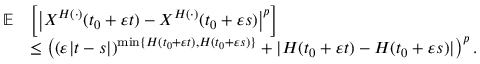
\begin{array} { r l } { \mathbb { E } } & { \left[ \left| X ^ { H ( \cdot ) } ( t _ { 0 } + \varepsilon t ) - X ^ { H ( \cdot ) } ( t _ { 0 } + \varepsilon s ) \right| ^ { p } \right] } \\ & { \leq \left( ( \varepsilon | t - s | ) ^ { \operatorname* { m i n } \{ H ( t _ { 0 } + \varepsilon t ) , H ( t _ { 0 } + \varepsilon s ) \} } + | H ( t _ { 0 } + \varepsilon t ) - H ( t _ { 0 } + \varepsilon s ) | \right) ^ { p } . } \end{array}